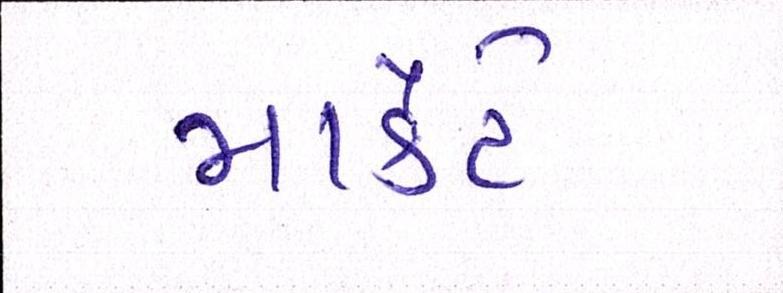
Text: માર્કેટે